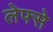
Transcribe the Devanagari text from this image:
लेफ्से